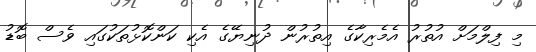
މި ފިލްމަށް އުތުރު އެމެރިކާގެ އިތުރުން ދުނިޔޭގެ އެކި ކަންކޮޅުތަކުގައި ވެސް ބޮޑު